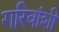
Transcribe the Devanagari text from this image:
गरिबांशी